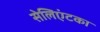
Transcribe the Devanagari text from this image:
सेलिएंटका